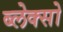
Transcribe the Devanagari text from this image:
ब्लेक्सो